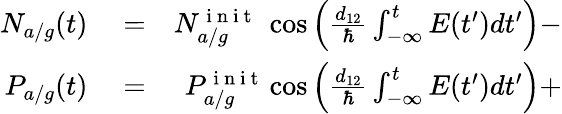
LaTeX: \begin{array}{rlr}{N_{a/g}(t)}&{{}=}&{N_{a/g}^{\mathrm{~i~n~i~t~}}\ \cos\Big(\frac{d_{12}}{\hbar}\int_{-\infty}^{t}E(t^{\prime})dt^{\prime}\Big)-}\\ {P_{a/g}(t)}&{{}=}&{P_{a/g}^{\mathrm{~i~n~i~t~}}\cos\Big(\frac{d_{12}}{\hbar}\int_{-\infty}^{t}E(t^{\prime})dt^{\prime}\Big)+}\end{array}